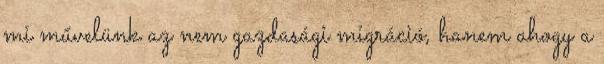
mi művelünk az nem gazdasági migráció, hanem ahogy a